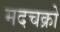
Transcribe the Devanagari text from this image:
मदचक्रो